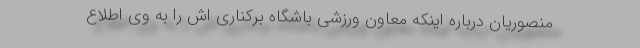
منصوریان درباره اینکه معاون ورزشی باشگاه برکناری اش را به وی اطلاع